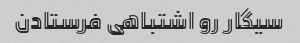
سیگار رو اشتباهی فرستادن